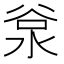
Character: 𣴲